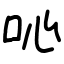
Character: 吣